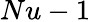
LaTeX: Nu-1